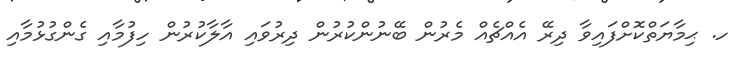
ހ. ޙިމާޔަތްކޮށްފައިވާ ދިރޭ އެއްޗެއް މެރުން ބޭނުންކުރުން ދިރުވައި އާލާކުރުން ހިފުމާއި ގެންގުޅުމާއި